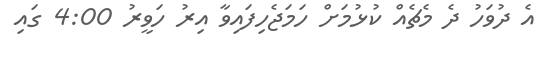
އެ ދުވަހު ދެ މެޗެއް ކުޅުމަށް ހަމަޖެހިފައިވާ އިރު ހަވީރު 4:00 ގައި